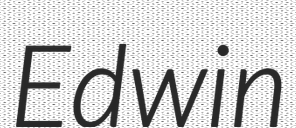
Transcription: Edwin